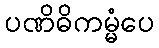
ပဏိဓိကမ္မံပေ